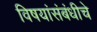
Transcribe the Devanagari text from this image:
विषयांसंबंधीचे